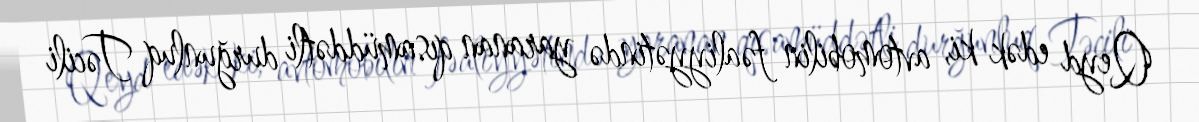
Qeyd edək ki, avtomobilin fəaliyyətində yaranan qısamüddətli durğunluq Təcili